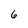
Character: 6